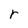
Character: r